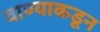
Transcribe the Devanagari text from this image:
वाण्याकडून